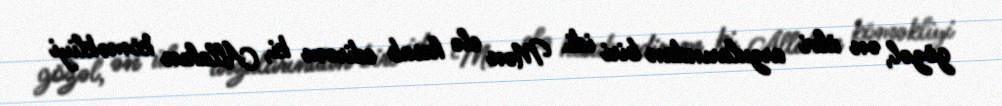
gözəl, ən ülvi arzularından biri idi. Mən elə hesab edirəm ki, Allahın köməkliyi